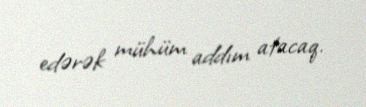
edərək mühüm addım atacaq.